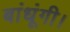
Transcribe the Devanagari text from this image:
बांधूंगी।